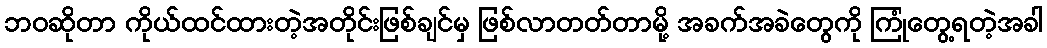
ဘဝဆိုတာ ကိုယ်ထင်ထားတဲ့အတိုင်းဖြစ်ချင်မှ ဖြစ်လာတတ်တာမို့ အခက်အခဲတွေကို ကြုံတွေ့ရတဲ့အခါ